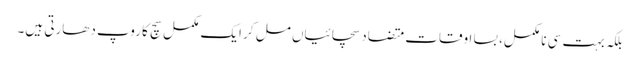
بلکہ بہت سی نا مکمل، بسا اوقات متضاد سچائیاں مل کر ایک مکمل سچ کا روپ دھارتی ہیں۔